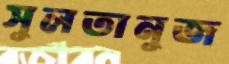
সুলতানুজ